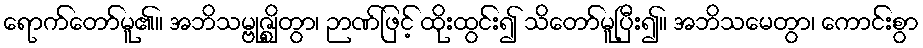
ရောက်တော်မူ၏။ အဘိသမ္ဗုဇ္ဈိတွာ၊ ဉာဏ်ဖြင့် ထိုးထွင်း၍ သိတော်မူပြီး၍။ အဘိသမေတွာ၊ ကောင်းစွာ